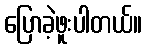
ပြောခဲ့ဖူးပါတယ်။